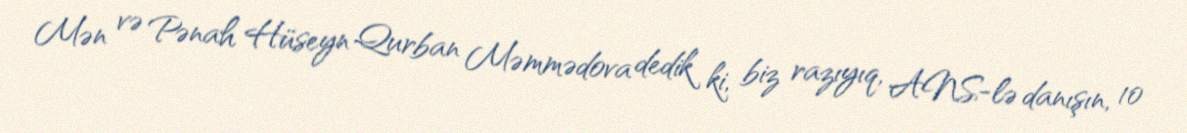
Mən və Pənah Hüseyn Qurban Məmmədova dedik ki, biz razıyıq, ANS-lə danışın, 10